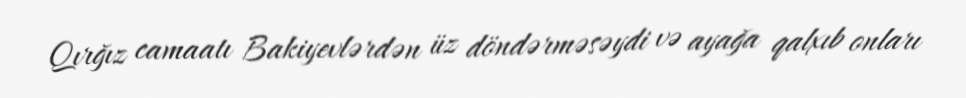
Qırğız camaatı Bakiyevlərdən üz döndərməsəydi və ayağa qalxıb onları